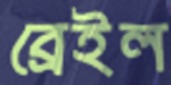
ব্রেইল